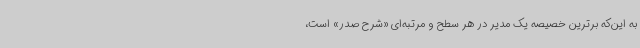
به این‌که برترین خصیصه یک مدیر در هر سطح و مرتبه‌ای «شرح صدر» است،